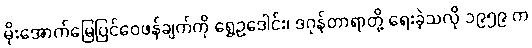
မိုးအောက်မြေပြင်ဝေဖန်ချက်ကို ရွှေဥဒေါင်း၊ ဒဂုန်တာရာတို့ ရေးခဲ့သလို ၁၉၅၉ က